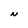
Character: N